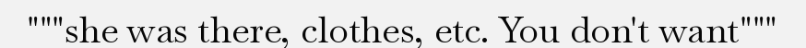
"""she was there, clothes, etc. You don't want"""